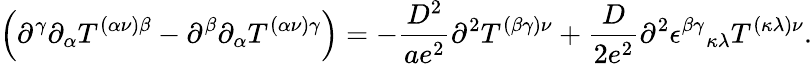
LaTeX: \left(\partial^{\gamma}\partial_{\alpha}T^{(\alpha\nu)\beta}-\partial^{\beta}\partial_{\alpha}T^{(\alpha\nu)\gamma}\right)=-\frac{D^{2}}{ae^{2}}\partial^{2}T^{(\beta\gamma)\nu}+\frac{D}{2e^{2}}\partial^{2}\epsilon^{\beta\gamma}{}_{\kappa\lambda}T^{(\kappa\lambda)\nu}.